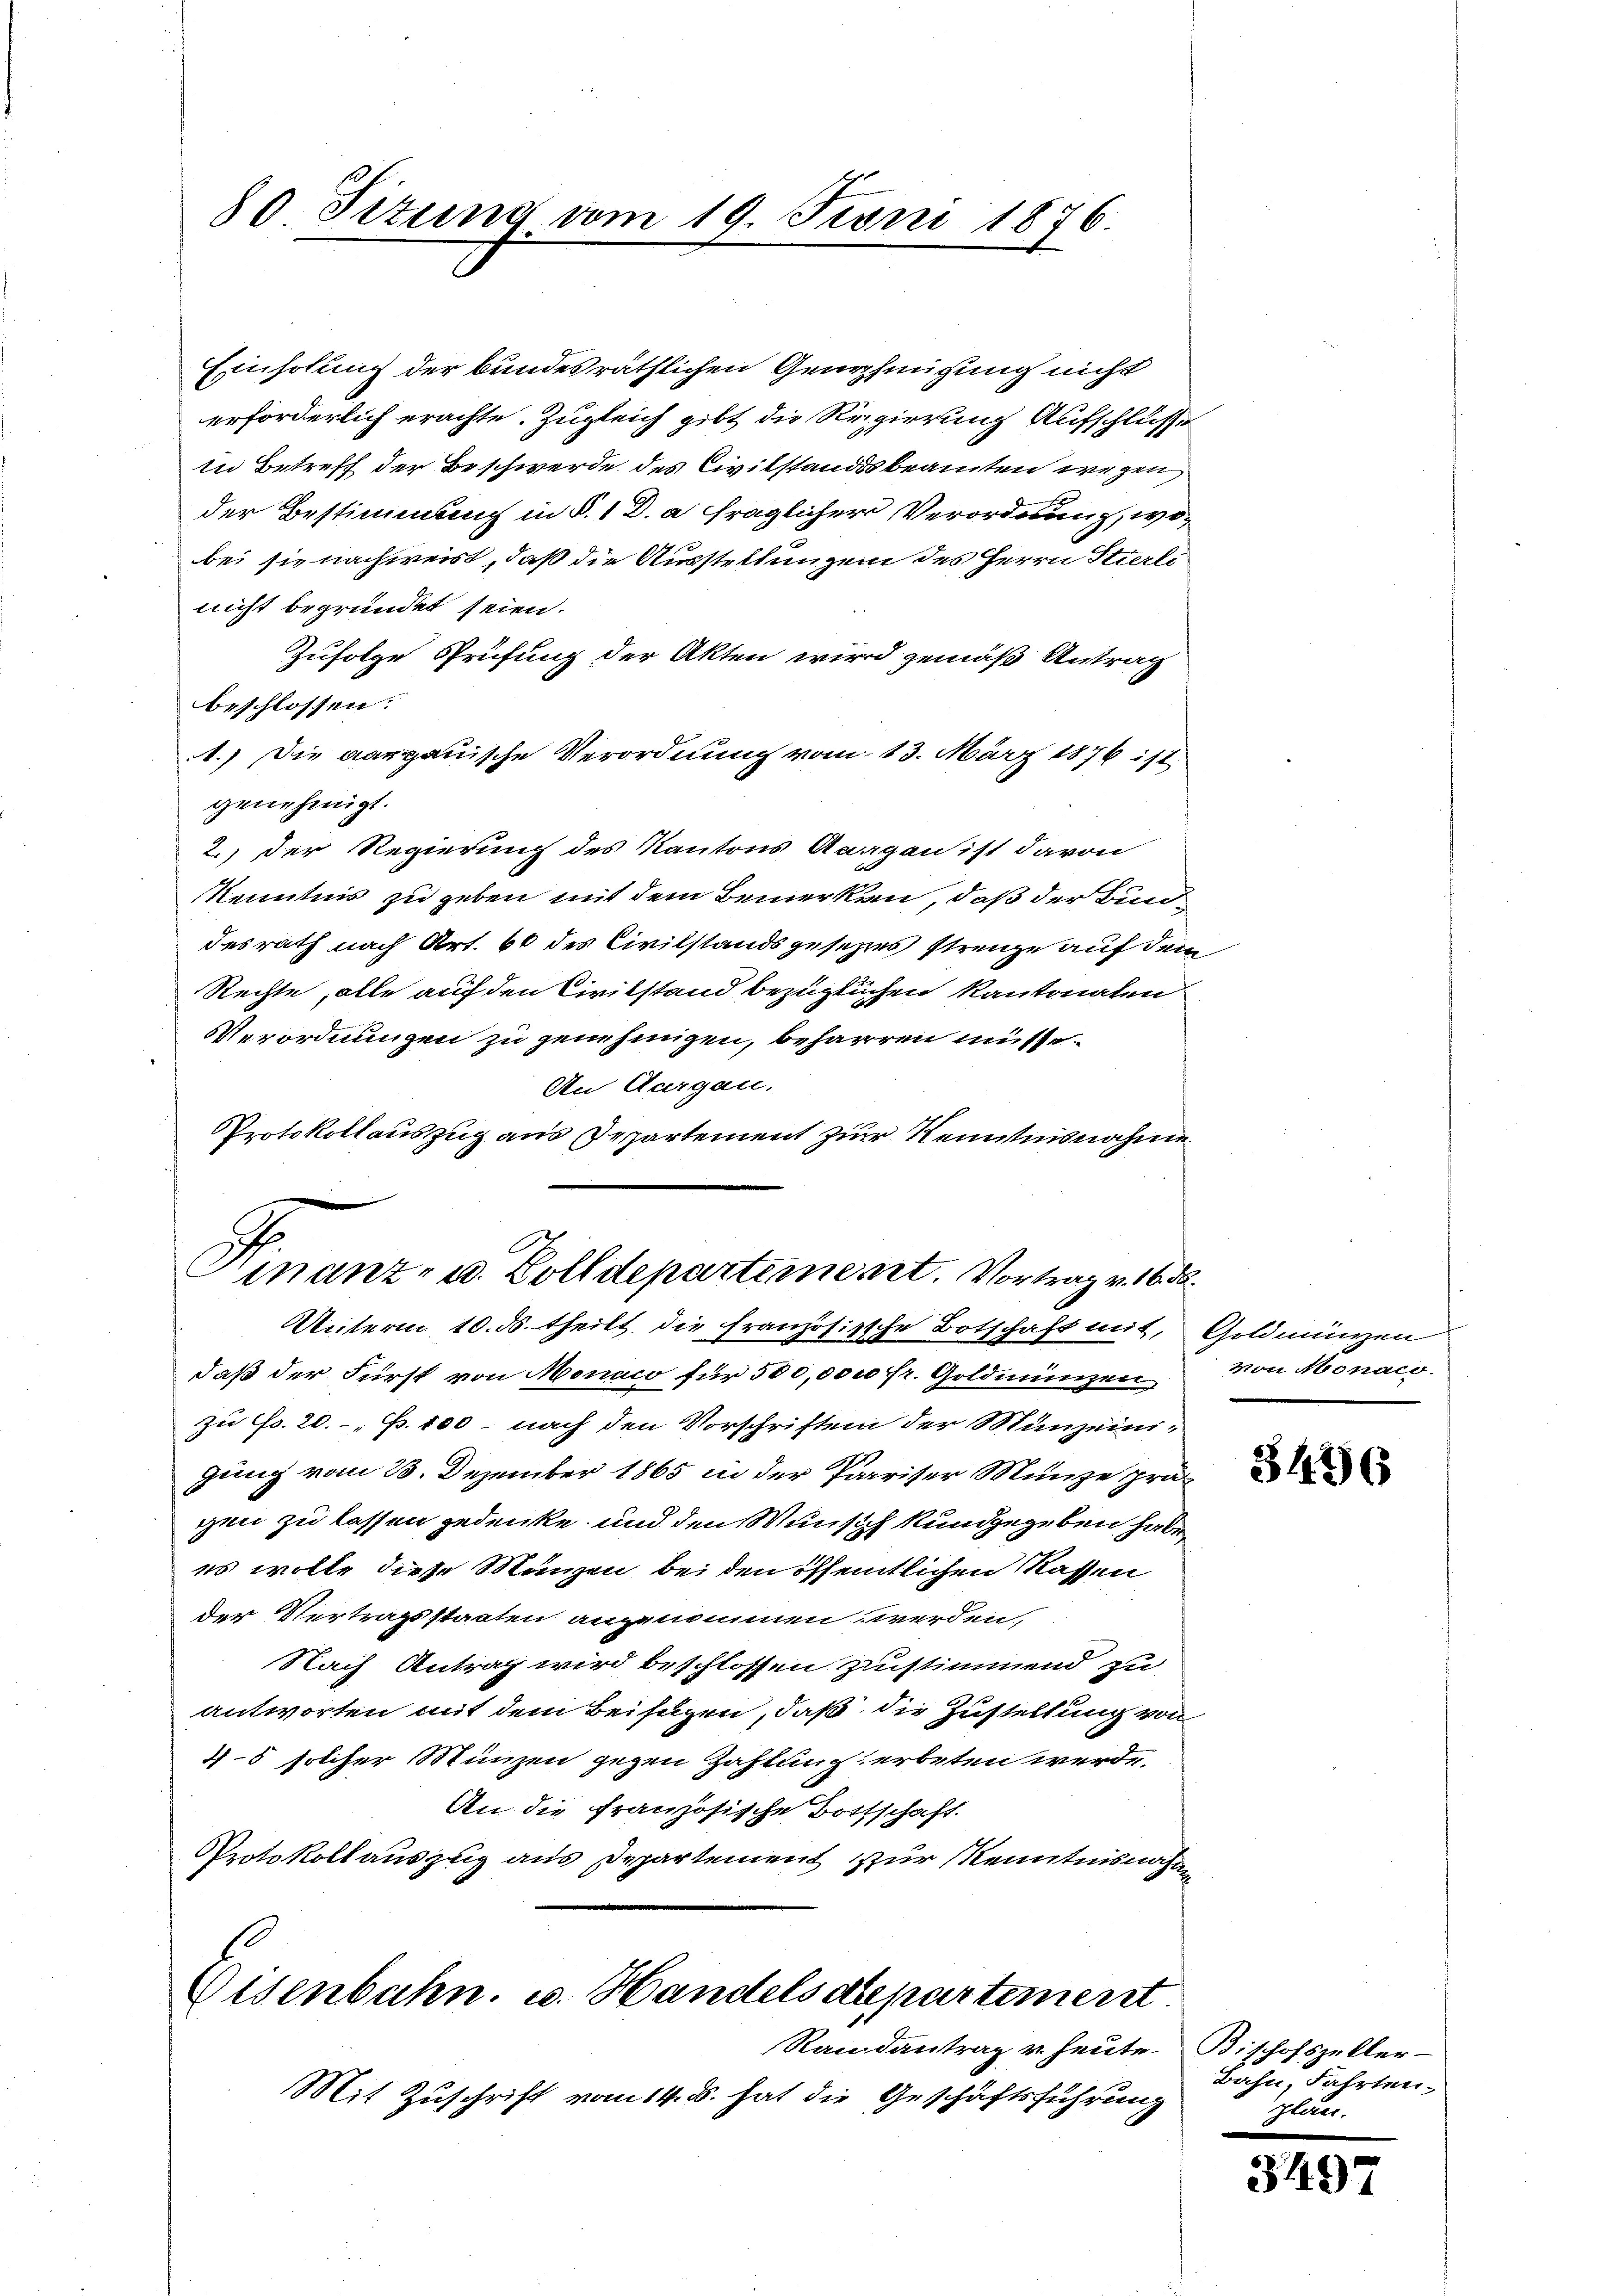
80 Titung vom 19. Juni 1876.

Einholung der bundesräthlichen Genehmigung nicht
erforderlich erachte. Zugleich gibt die Regierung Aufschlusse
In Betreff der Beschwerde des Civilstandsbeamten wegen
der Bestimmung in §. 1 D. a fraglicher Verordnung, wobei sie nachweist, daß die Ausstellungen des Herrn Stierli
nicht begründet seien.
Zufolge Sprüfung der Akten wird gemäß Antrag
beschlossen:
1.) Die aargauische Verordnung vom 13. März 1876 ist
genehmigt.
2.) Der Regierung des Kantons Aargau ist davon
Kenntnis zu geben mit dem Bemerken, daß der Bundesrath nach Art. 60 des Civilstandsgesetzes strenge auf dem
Rechte, alle auf den Civilstand bezüglichen kantonalen
Verordnungen zu genehmigen, beharren müsse.
An Aargau.
Protokollauszug aus Departement zur Reminsnahme

Hinanz- u. Zolldepartement. Vortrag v. 16. d.
Unterm 10. ds. theilt die französische Botschaft mit, Goldmünzen

daß der Fürst von Monaco für 500,000 fr. Goldmünzen
zu Fr. 20.- „B. 100 - nach den Vorschriften der Münzeinigung vom 23. Dezember 1865 in der Pariser Münze prägen zu lassen gedenke und den Wunsch kundgegeben habe,
es wolle diese Münzen bei den öffentlichen Kassen
der Vertragsstaaten angenommen werden,
Nach Antrag wird beschlossen zustimmend zu
antworten mit dem Beifügen, daß die Zustellung von
4-5 solcher Münzen gegen Zahlung erbeten werde.
An die französische Bottschaft.
Protokollauszug aus Departement zur Kenntnisnahme

Eisenbahn, u. Handelsdepartement
Randantrag u. heute. Bischofszeller-

Mit Zuschrift vom 14. d. hat die Geschäftsführung

von Monaco.

3436

Bahn, Fahrten.
ger¬

3497